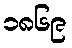
၁၈၆၉